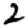
Digit: 2